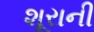
શૂરાની